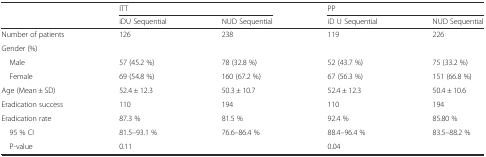
<table><thead><tr><td></td><td colspan="2"><b>ITT</b></td><td colspan="2"><b>PP</b></td></tr><tr><td></td><td><b>iDU Sequential</b></td><td><b>NUD Sequential</b></td><td><b>iD U Sequential</b></td><td><b>NUD Sequential</b></td></tr></thead><tbody><tr><td>Number of patients</td><td>126</td><td>238</td><td>119</td><td>226</td></tr><tr><td>Gender (%)</td><td></td><td></td><td></td><td></td></tr><tr><td> Male</td><td>57 (45.2 %)</td><td>78 (32.8 %)</td><td>52 (43.7 %)</td><td>75 (33.2 %)</td></tr><tr><td> Female</td><td>69 (54.8 %)</td><td>160 (67.2 %)</td><td>67 (56.3 %)</td><td>151 (66.8 %)</td></tr><tr><td>Age (Mean ± SD)</td><td>52.4 ± 12.3</td><td>50.3 ± 10.7</td><td>52.4 ± 12.3</td><td>50.4 ± 10.6</td></tr><tr><td>Eradication success</td><td>110</td><td>194</td><td>110</td><td>194</td></tr><tr><td>Eradication rate</td><td>87.3 %</td><td>81.5 %</td><td>92.4 %</td><td>85.80 %</td></tr><tr><td> 95 % CI</td><td>81.5–93.1 %</td><td>76.6–86.4 %</td><td>88.4–96.4 %</td><td>83.5–88.2 %</td></tr><tr><td> P-value</td><td colspan="2">0.11</td><td colspan="2">0.04</td></tr></tbody></table>